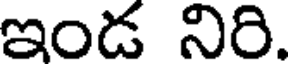
ఇండ నిరి.